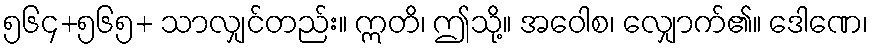
၅၆၄+၅၆၅+ သာလျှင်တည်း။ ဣတိ၊ ဤသို့။ အဝေါစ၊ လျှောက်၏။ ဒေါဏေ၊